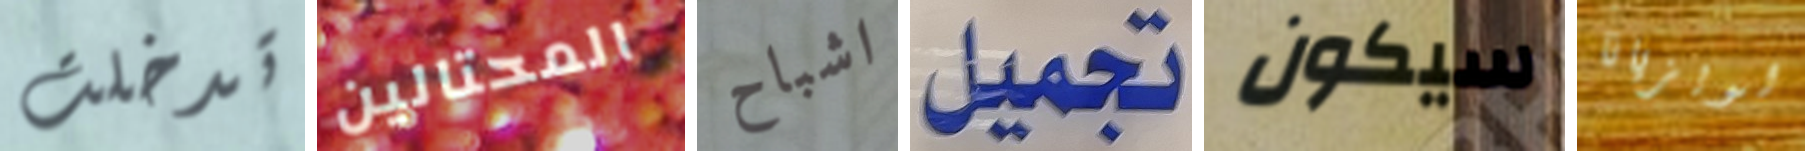
تدخلت المحتالين اشباح تجميل سيكون لويزيانا